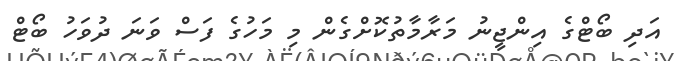
އަދި ބޯޓްގެ އިންޖީނު މަރާމާތުކޮށްގެން މި މަހުގެ ފަސް ވަނަ ދުވަހު ބޯޓް